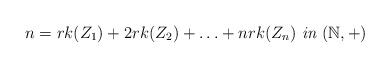
\begin{align*}n=rk(Z_{1})+2rk(Z_{2})+\ldots+nrk(Z_{n}) \textit{ in } (\mathbb{N}, +)\end{align*}